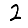
Digit: 2